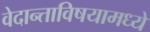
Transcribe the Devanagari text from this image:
वेदान्ताविषयामध्ये